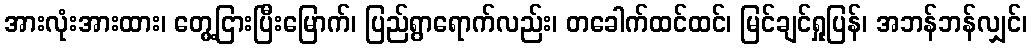
အားလုံးအားထား၊ တွေ့ငြားပြီးမြောက်၊ ပြည်ရွာရောက်လည်း၊ တခေါက်ထင်ထင်၊ မြင်ချင်ရှုပြန်၊ အဘန်ဘန်လျှင်၊